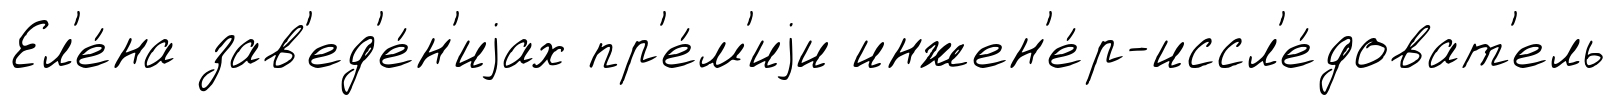
Ел'е́на зав'ед'е́н'иjах пр'е́м'иjи инжен'е́р-иссл'е́доват'ель